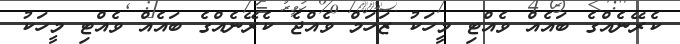
ކެރޭނެއްގެ ބައެއް ވެއްޓި މީހަކު ޒަހަމް ވެއްޖެ ކެރޭނެއްގެ ބައެއް ވެއްޓި މީހަކު